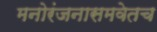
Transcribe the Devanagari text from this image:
मनोरंजनासमवेतच